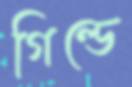
গিল্ডে